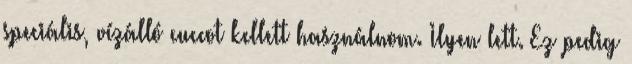
speciális, vízálló cuccot kellett használnom. Ilyen lett. Ez pedig